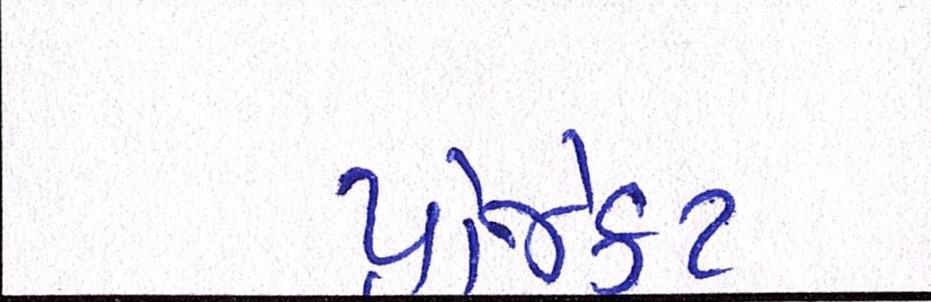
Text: પ્રોજેકટ